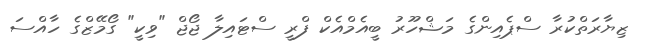
ޒިޔާރަތްކުރާ ސްޕެއިންގެ މަޝްހޫރު ބީއެމްއެކް ފްރީ ސްޓައިލާ ޖޯޖް "ވިކީ" ގޯމޭޒްގެ ހާއްސަ